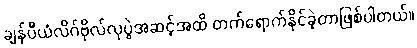
ချန်ပီယံလိဂ်ဗိုလ်လုပွဲအဆင့်အထိ တက်ရောက်နိုင်ခဲ့တာဖြစ်ပါတယ်။